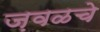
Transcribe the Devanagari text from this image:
ज़वळचे